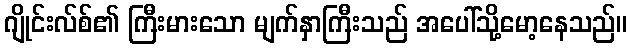
ဂျိုင်းလ်စ်၏ ကြီးမားသော မျက်နှာကြီးသည် အပေါ်သို့မော့နေသည်။